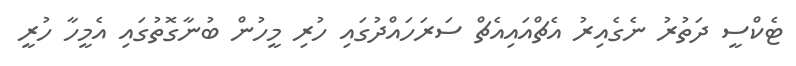
ޓެކްސީ ދަތުރު ނެގެއިރު އެޗްއައިއެޗް ސަރަހައްދުގައި ހުރި މީހުން ބުނާގޮތުގައި އެމީހާ ހުރީ